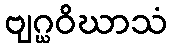
ဗျဂ္ဃဝိဃာသံ